Scottish Leaving Certificate Examination, 1959
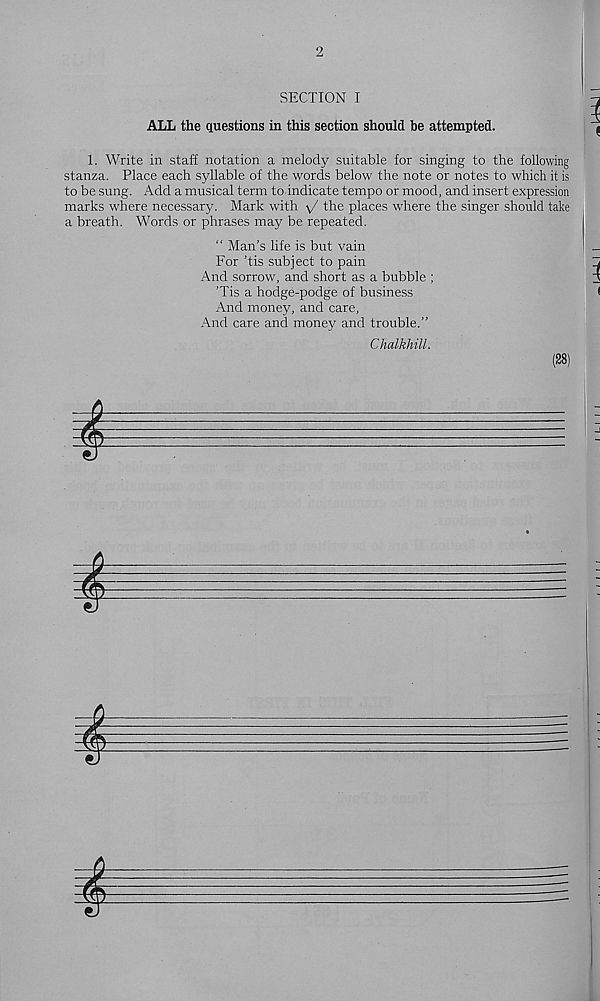
2
SECTION I
ALL the questions in this section should be attempted.
1. Write in staff notation a melody suitable for singing to the following
stanza. Place each syllable of the words below the note or notes to which it is
to be sung. Add a musical term to indicate tempo or mood, and insert expression
marks where necessary. Mark with \J the places where the singer should take
a breath. Words or phrases may be repeated.
" Man’s life is but vain
For ’tis subject to pain
And sorrow, and short as a bubble ;
Tis a hodge-podge of business
And money, and care,
And care and money and trouble.”
Chalkhill.
(28)